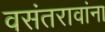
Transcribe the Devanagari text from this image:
वसंतरावांना